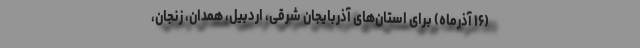
(۱۶ آذرماه) برای استان‌های آذربایجان شرقی، اردبیل، همدان، زنجان،